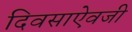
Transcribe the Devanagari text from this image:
दिवसाऐवजी